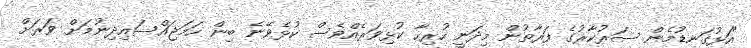
"އަޅުގަނޑުމެން ސަރުކާރުގެ ފަރާތުން މިދަނީ ހުރިހާ ކުޅިވަރެއްވެސް ކުޅެވޭނެ ބިން ހަމަޖައްސައިދިނުމަށް ވަރަށް